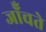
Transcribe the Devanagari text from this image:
जॉँचते